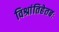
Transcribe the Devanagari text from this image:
विश्रांतिहेतबः